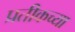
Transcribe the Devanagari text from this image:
प्रतीकच्या